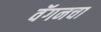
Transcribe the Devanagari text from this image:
वॅगनचा